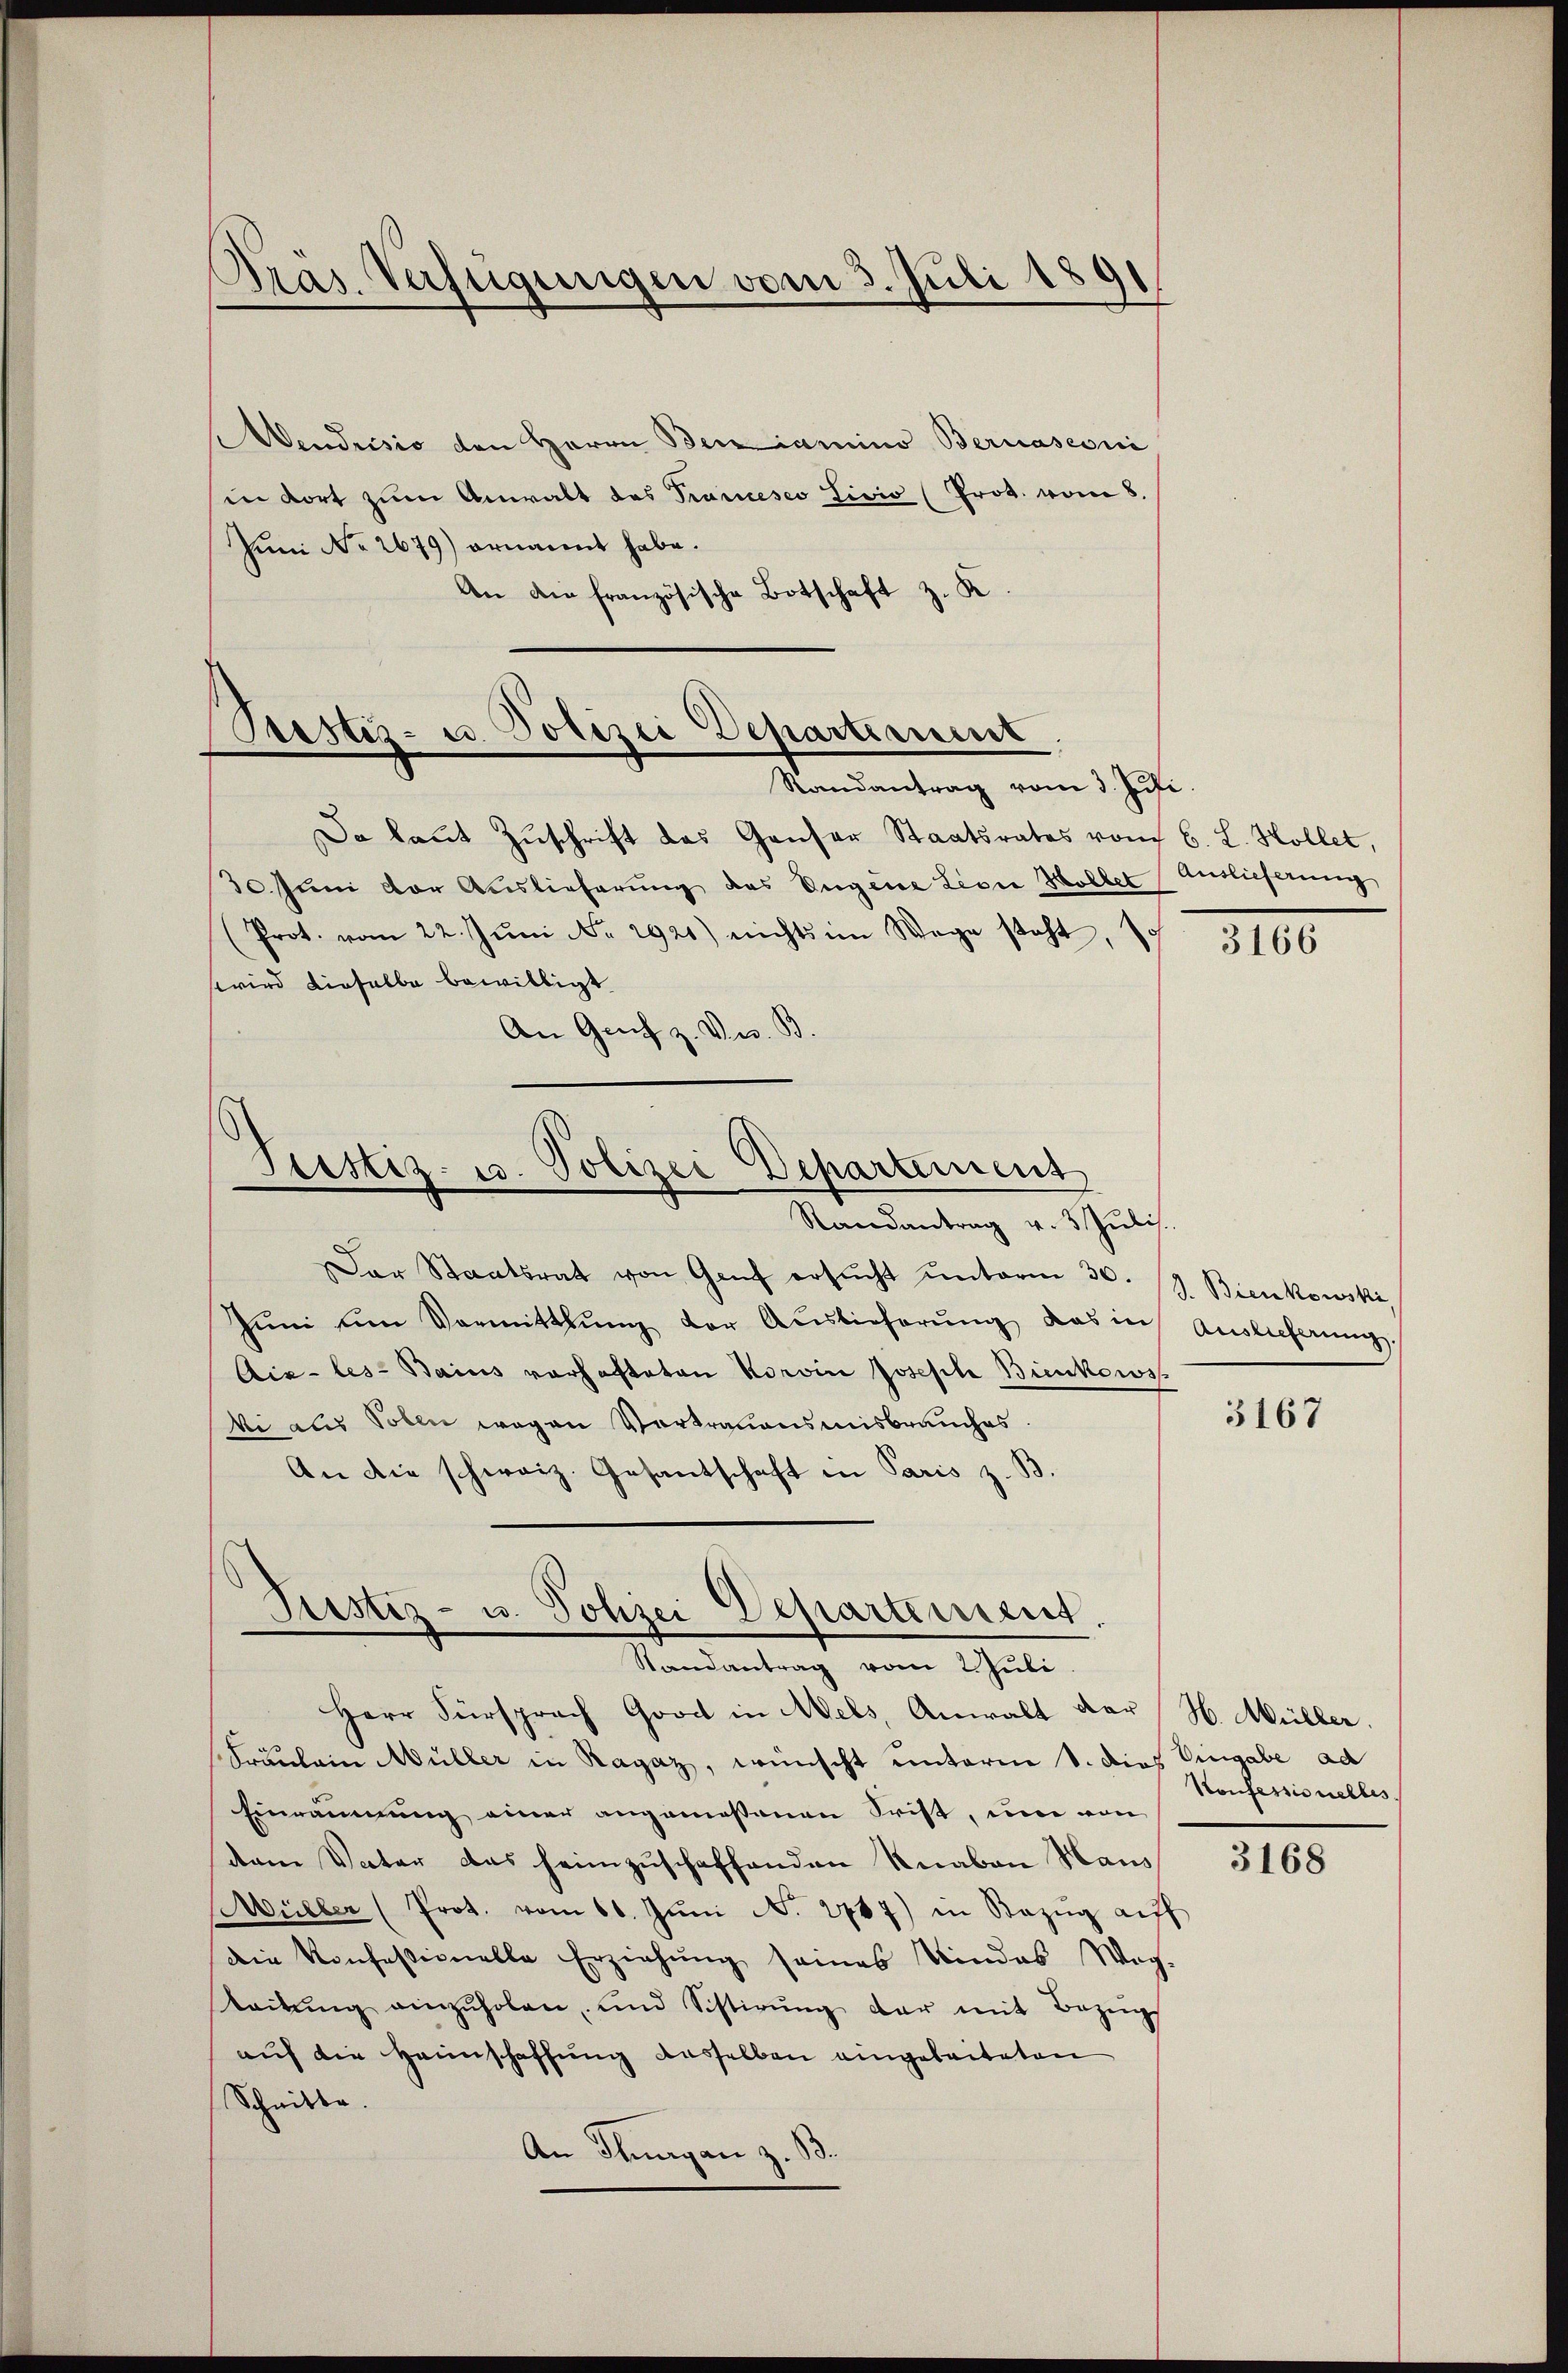
Aendrisio den Herrn Beramino Bernasconi
in dort zum Anwalt des Trancesco Livio (Prot. vom 8.
Juni No 2679) ernannt habe.
An die französische Botschaft z. K
Da laut Zuschrift das Ganser Staatsrates vom 6. L. Hollet,
30. Juni der Auslieferung des Eugene Lion Holdet Auslieferung
(Prot. vom 22. Jŭni Nr. 1921) nichts im Wege steht, so
wird dieselbe bewilligt
An Genf z. Dr. B.

Pras. Verfügungen vom 3. Juli 1891
.

Bestiz- u. Polizei Departement
Randantrag vom 3. Juli.

Justiz- u. Polizei Departement

Randantrag v. 3. Jŭlis.
Der Staatsrat von Genf ersŭcht ŭnterm 30. S. Bienkowski
Jŭni am Vormittlung der Auslieferŭng das in Auslicherŭng.
Aix-les-Bains vorhafteten Korvin Joseph Bienkows
ki aus Toben wegen Vortrauensmisbrauches.
An die schweiz. Gesantschaft in Paris z. B.

Justiz- u. Pohzei Departement.
Randantrag vom 2. Juli.

Herr Fürsprach Good in Mels, Anwalt der H. Müller.
Fräulein Müller in Ragaz, wünscht unterm 8. dies Eingabe ad
Einräumung einer angemessenen Frist, um von
dem Vater das heimzuschaffenden Knaben Haus
Müller (Prot. vom 16. Jŭni N. 2787) in Bezŭg aŭf
die Konfessionelle Erziehung seines Mindes Weg-
Leitŭng einzŭholen und Sistirŭng dar mit Bezŭgs
auf die Heimschaffung desselben eingeleiteten
Schnitte.
An Thurgan z. B.

3166

3167

Konfessionelles

3168